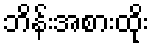
ဘိန်းအစားထိုး